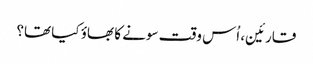
قارئین، اُس وقت سونے کا بھاؤ کیا تھا؟